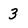
Character: 3